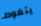
يتغوط